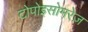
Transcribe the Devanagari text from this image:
टोपोइसोमरेज़